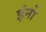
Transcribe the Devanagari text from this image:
इंनो